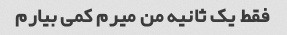
فقط یک ثانیه من میرم کمی بیارم